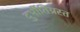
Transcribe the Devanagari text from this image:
दुर्भीतिग्रस्त